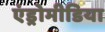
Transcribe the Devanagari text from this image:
एंड्रोमीडिया